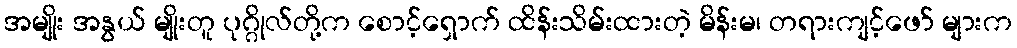
အမျိုး အနွယ် မျိုးတူ ပုဂ္ဂိုလ်တို့က စောင့်ရှောက် ထိန်းသိမ်းထားတဲ့ မိန်းမ၊ တရားကျင့်ဖော် များက